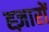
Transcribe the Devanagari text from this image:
ह्ज़ारों